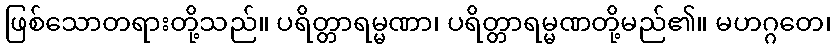
ဖြစ်သောတရားတို့သည်။ ပရိတ္တာရမ္မဏာ၊ ပရိတ္တာရမ္မဏတို့မည်၏။ မဟဂ္ဂတေ၊